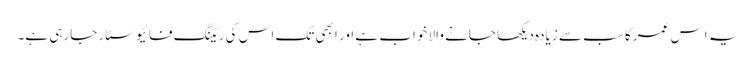
یہ اِس عمر کا سب سے زیادہ دیکھا جانے والا خواب ہے اور ابھی تک اس کی ریٹنگ فائیو سٹار جارہی ہے۔